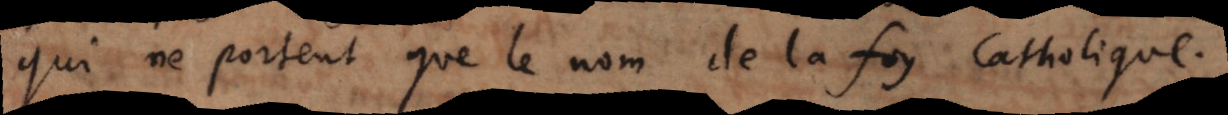
qui ne portent que le nom de la foy catholique.